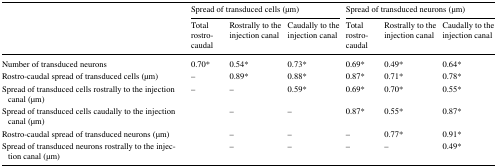
|  | <COLSPAN=3> Spread of transduced cells (μm) | <COLSPAN=3> Spread of transduced neurons (μm) |
 |  | Total rostro-caudal | Rostrally to the injection canal | Caudally to the injection canal | Total rostro-caudal | Rostrally to the injection canal | Caudally to the injection canal |
 | --- | --- | --- | --- | --- | --- | --- |
 | Number of transduced neurons | 0.70* | 0.54* | 0.73* | 0.69* | 0.49* | 0.64* |
 | Rostro-caudal spread of transduced cells (μm) | – | 0.89* | 0.88* | 0.87* | 0.71* | 0.78* |
 | Spread of transduced cells rostrally to the injection canal (μm) | – | – | 0.59* | 0.69* | 0.70* | 0.55* |
 | Spread of transduced cells caudally to the injection canal (μm) |  | – | – | 0.87* | 0.55* | 0.87* |
 | Rostro-caudal spread of transduced neurons (μm) |  | – | – | – | 0.77* | 0.91* |
 | Spread of transduced neurons rostrally to the injection canal (μm) |  | – | – | – | – | 0.49* |